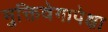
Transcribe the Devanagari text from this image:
मुक्तिवेगापेक्षा